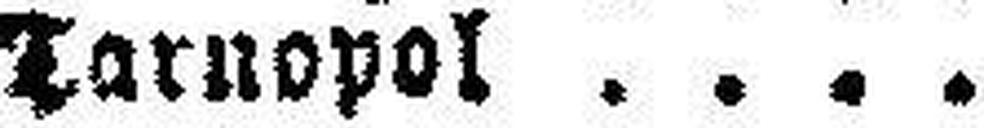
Tarnopol